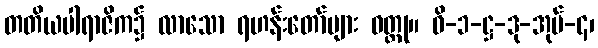
တတိယပါရာဇိက၌ လာသော ရဟန်းတော်များ ဝတ္ထု။ ဝိ-၁-ဋ္ဌ-ဒု-အုပ်-၄၊